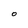
Character: O